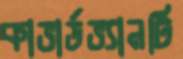
কাভার্ডভ্যানটি